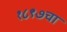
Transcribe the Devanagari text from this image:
१८९७चा